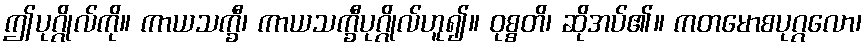
ဤပုဂ္ဂိုလ်ကို။ ကာယသက္ခီ၊ ကာယသက္ခီပုဂ္ဂိုလ်ဟူ၍။ ဝုစ္စတိ၊ ဆိုအပ်၏။ ကတမောစပုဂ္ဂလော၊